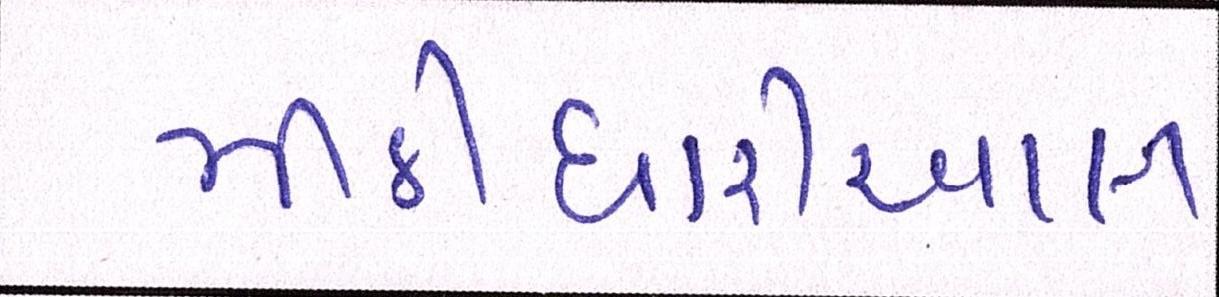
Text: મીઠીઘારીઆલ